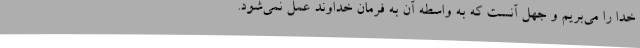
خدا را می‌بریم و جهل آنست که به واسطه آن به فرمان خداوند عمل نمی‌شود.